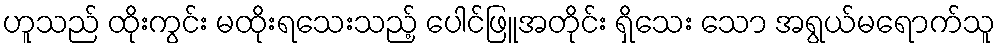
ဟူသည် ထိုးကွင်း မထိုးရသေးသည့် ပေါင်ဖြူအတိုင်း ရှိသေး သော အရွယ်မရောက်သူ